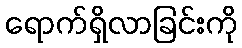
ရောက်ရှိလာခြင်းကို